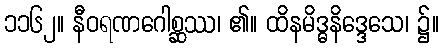
၁၁၆၂။ နီဝရဏဂေါစ္ဆဿ၊ ၏။ ထိနမိဒ္ဓနိဒ္ဒေသေ၊ ၌။